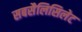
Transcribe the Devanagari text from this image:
सबसैलिसिलेट